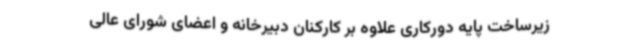
زیرساخت پایه دورکاری علاوه بر کارکنان دبیرخانه و اعضای شورای عالی